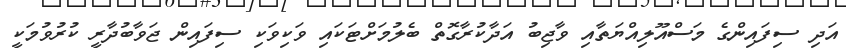
އަދި ސިފައިންގެ މަސްއޫލިއްޔަތާއި ވާޖިބު އަދާކުރާގޮތް ބެލުމަށްޓަކައި ވަކިވަކި ސިފައިން ޖަވާބުދާރީ ކުރުވުމަކީ